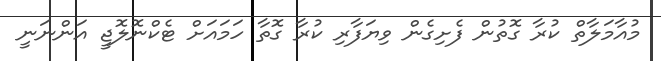
މުއާމަލާތް ކުރާ ގޮތުން ފެށިގެން ވިޔަފާރި ކުރާ ގޮތާ ހަމައަށް ޓެކްނޮލޮޖީ އަންނަނީ